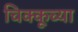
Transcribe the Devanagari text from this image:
चिक्कूच्या